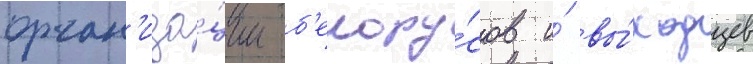
орган'иза́ции б'елору́сов и́ вы́ходцев